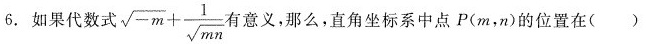
6. 如果代数式 $$\sqrt { - m } + \frac { 1 } { \sqrt { m } }$$ 有意义，那么，直角坐标系中点P(m，n)的位置在( )